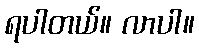
ရပါတယ်။ လာပါ။